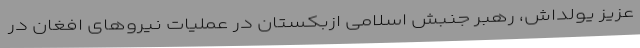
عزیز یولداش، رهبر جنبش اسلامی ازبکستان در عملیات نیروهای افغان در